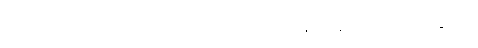
“ဌပေတွာ ဒွေ”တိ။ ကင်္ခတီတိ “အဟော ဝတ ပဿေယျ”န္တိ ပတ္ထနံ ဥပ္ပါဒေတိ။ ဝိစိကိစ္ဆတီတိ